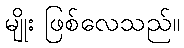
မျိုး ဖြစ်လေသည်။